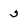
Character: 5